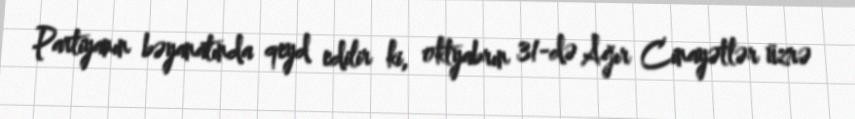
Partiyanın bəyanatında qeyd edilir ki, oktyabrın 31-də Ağır Cinayətlər üzrə